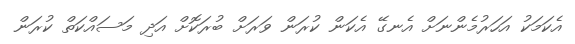
އެކަމަކު އަހަރުމެންނަށް އެނގޭ އެކަން ކުރަން ވަރަށް ބުރަކޮށް އަދި މަސައްކަތް ކުރަން